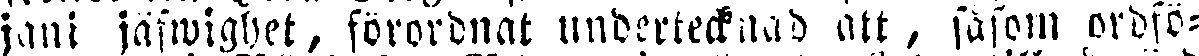
jani jäfwighet, förordnat undertecknad att, såsom ordfö-